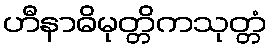
ဟီနာဓိမုတ္တိကသုတ္တံ